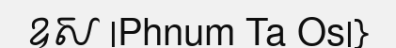
ឧស |Phnum Ta Os|}